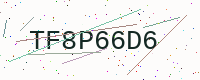
Text: TF8P66D6